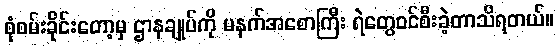
စုံစမ်းခိုင်းတော့မှ ဌာနချုပ်ကို မနက်အစောကြီး ရဲတွေဝင်စီးခဲ့တာသိရတယ်။